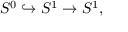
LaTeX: S ^ { 0 } \hookrightarrow S ^ { 1 } \to S ^ { 1 } ,